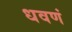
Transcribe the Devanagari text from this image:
धवणं